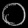
Digit: ၀